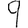
Digit: 9